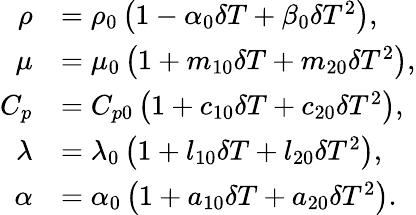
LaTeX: \begin{array}{rl}{\rho}&{={{\rho}_{0}}\left(1-{{\alpha}_{0}}\delta T+{{\beta}_{0}}\delta{{T}^{2}}\right),}\\ {\mu}&{={{\mu}_{0}}\left(1+{{m}_{10}}\delta T+{{m}_{20}}\delta{{T}^{2}}\right),}\\ {{{C}_{p}}}&{={{C}_{p0}}\left(1+{{c}_{10}}\delta T+{{c}_{20}}\delta{{T}^{2}}\right),}\\ {\lambda}&{={{\lambda}_{0}}\left(1+{{l}_{10}}\delta T+{{l}_{20}}\delta{{T}^{2}}\right),}\\ {\alpha}&{={{\alpha}_{0}}\left(1+{{a}_{10}}\delta T+{{a}_{20}}\delta{{T}^{2}}\right).}\end{array}